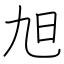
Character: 旭